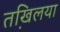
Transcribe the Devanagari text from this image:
तखि़लया